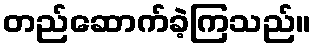
တည်ဆောက်ခဲ့ကြသည်။